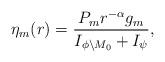
LaTeX: \begin{align*} \eta_m(r)=\frac{P_m r^{-\alpha}{g_m}}{I_{\phi\setminus M_0}+I_{\psi}},\end{align*}